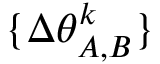
\{ \Delta \theta _ { A , B } ^ { k } \}